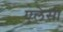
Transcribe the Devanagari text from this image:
एलेसी